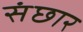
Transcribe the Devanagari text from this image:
संछार